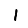
Digit: 1